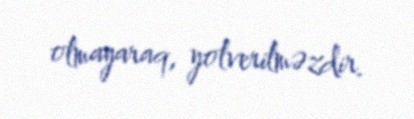
olmayaraq, yolverilməzdir.